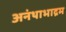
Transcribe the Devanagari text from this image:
अनंथाभाद्रम